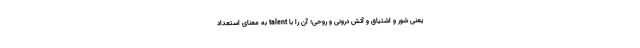
یعنی شور و اشتیاق و آتش درونی و روحی؛ آن را با talent به معنای استعداد